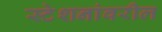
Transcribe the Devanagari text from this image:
स्टेशनांवरील